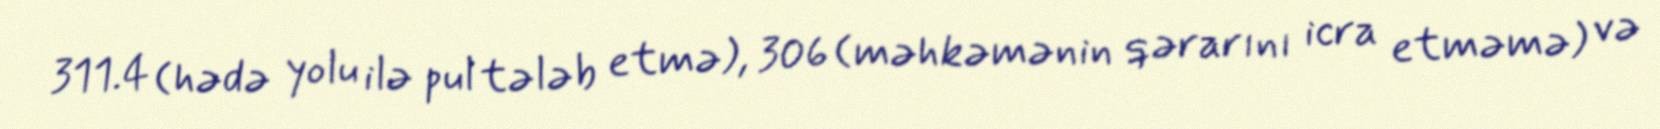
311.4 (hədə yolu ilə pul tələb etmə), 306 (məhkəmənin qərarını icra etməmə) və